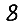
Digit: 8